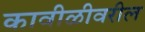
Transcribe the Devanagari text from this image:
कावीळीवरील